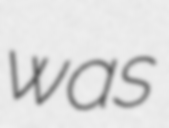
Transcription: was